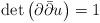
LaTeX: \begin{align*}\det\left( \partial\bar{\partial}u\right) =1\end{align*}